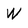
Character: W